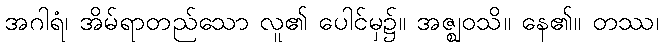
အဂါရံ၊ အိမ်ရာတည်သော လူ၏ ပေါင်မှ၌။ အဇ္ဈဝသိ။ နေ၏။ တဿ၊